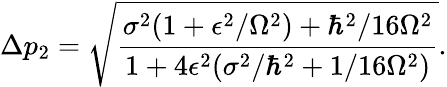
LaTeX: \Delta p_{2}={\sqrt{\frac{\sigma^{2}(1+\epsilon^{2}/\Omega^{2})+\hbar^{2}/16\Omega^{2}}{1+4\epsilon^{2}(\sigma^{2}/\hbar^{2}+1/16\Omega^{2})}}}.